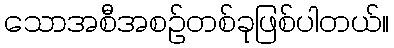
သောအစီအစဉ်တစ်ခုဖြစ်ပါတယ်။